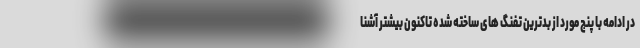
در ادامه با پنج مورد از بدترین تفنگ های ساخته شده تاکنون بیشتر آشنا